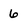
Character: 6